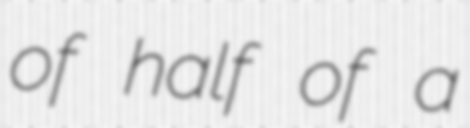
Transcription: of half of a